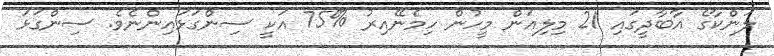
ލަންކާގެ އާބާދީގައި 21 މިލިއަން މީހުން ހިމެނޭއިރު %75 އަކީ ސިންގަޅައިންނެވެ. ސިންގަޅަ